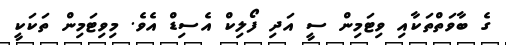
ގެ ބާވަތްތަކާއި ވިޓަމިން ސީ އަދި ފޯލިކް އެސިޑް އެވެ. މިވިޓަމިން ތަކަކީ